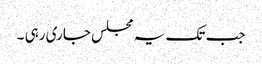
جب تک یہ مجلس جاری رہی ۔